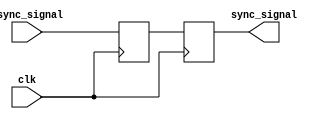
module synchronizer #(parameter width = 1) (
  input [width-1:0] async_signal,
  input clk,
  output [width-1:0] sync_signal
);
  // USE YOUR IMPLEMENTATION FROM PREVIOUS LABS.
  reg[width-1:0] q1=0;
  reg [width-1:0] q2=0;
  genvar i;
  generate for (i = 0; i < width; i = i + 1) begin:bit
       always@(posedge clk  )   begin
            q1[i]<=async_signal[i];
        end
       always@(posedge clk  ) begin
            q2[i]<=q1[i];
       end
       assign   sync_signal[i]=q2[i];
       end
   
  endgenerate

endmodule